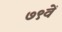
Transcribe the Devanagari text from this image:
७९वें